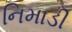
નિમાડી